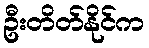
ဦးတိတ်နိုင်က